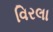
વિરલા